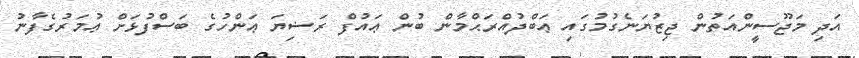
އަދި މަޖޫސީންއަތުން ޖިޒުޔަނެގުމުގައި ޢަބްދުއްރަޙްމާން ބުން ޢައުފް ރަޟިޔަ ޢަންހުގެ ބަސްފުޅަށް ޢުމަރުގެފާނު